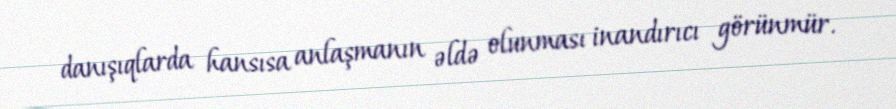
danışıqlarda hansısa anlaşmanın əldə olunması inandırıcı görünmür.